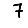
Digit: 7